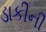
ડાકીની